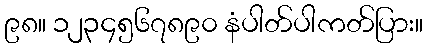
၉၈။ ၁၂၃၄၅၆၇၈၉၀ နံပါတ်ပါကတ်ပြား။